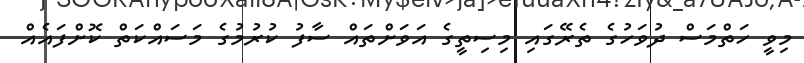
މިވީ ހަތްމަސް ދުވަހުގެ ތެރޭގައި މިސިތީގެ އަވަށްތައް ސާފު ކުރުމުގެ މަސައްކަތް ކޮށްފައެއް